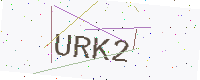
Text: URK2